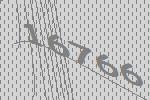
16766